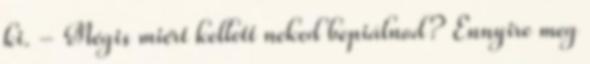
ki. - Mégis miért kellett neked bepiálnod? Ennyire meg